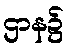
ဌာန၌